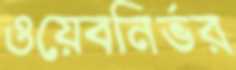
ওয়েবনির্ভর